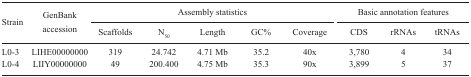
<table><thead><tr><td rowspan="2"><b>Strain</b></td><td rowspan="2"><b>GenBank accession</b></td><td colspan="5"><b>Assembly statistics</b></td><td colspan="3"><b>Basic annotation features</b></td></tr><tr><td><b>Scaffolds</b></td><td><b>N<sub>50</sub></b></td><td><b>Length</b></td><td><b>GC%</b></td><td><b>Coverage</b></td><td><b>CDS</b></td><td><b>rRNAs</b></td><td><b>tRNAs</b></td></tr></thead><tbody><tr><td>L0-3</td><td>LIHE00000000</td><td>319</td><td>24.742</td><td>4.71 Mb</td><td>35.2</td><td>40x</td><td>3,780</td><td>4</td><td>34</td></tr><tr><td>L0-4</td><td>LIIY00000000</td><td>49</td><td>200.400</td><td>4.75 Mb</td><td>35.3</td><td>90x</td><td>3,899</td><td>5</td><td>37</td></tr></tbody></table>